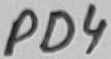
Text: PD4